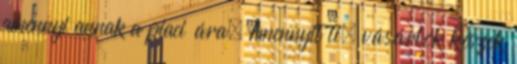
amennyi annak a piaci ára. Amennyit ti, vásárlók készek